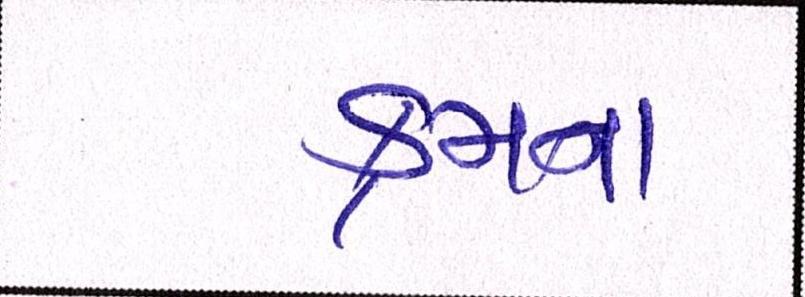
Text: ક્રમના